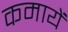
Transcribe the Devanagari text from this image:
कमायें